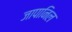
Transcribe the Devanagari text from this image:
जापानिल